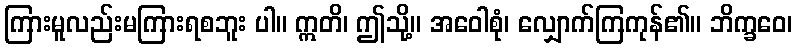
ကြားမူလည်းမကြားရစဘူး ပါ။ ဣတိ၊ ဤသို့။ အဝေါစုံ၊ လျှောက်ကြကုန်၏။ ဘိက္ခဝေ၊